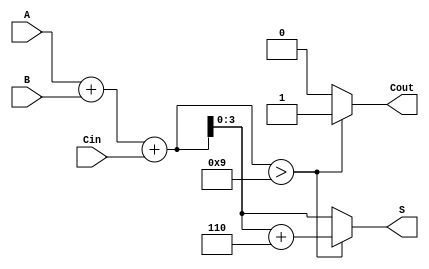
module BCD_Carry_Lookahead_Adder (
    input  wire [3:0] A,      // First BCD digit
    input  wire [3:0] B,      // Second BCD digit
    input  wire Cin,          // Carry-in
    output reg  [3:0] S,      // BCD result
    output reg  Cout          // Carry-out
);

    // Intermediate signals for carry generation
    wire [3:0] P; // Propagate
    wire [3:0] G; // Generate
    wire C1, C2, C3; // Carry signals
    wire [4:0] S_temp; // Temporary sum including carry

    // Generate propagate and generate signals
    assign P = A ^ B; // Propagate
    assign G = A & B; // Generate

    // Carry generation using lookahead logic
    assign C1 = G[0] | (P[0] & Cin);
    assign C2 = G[1] | (P[1] & G[0]) | (P[1] & P[0] & Cin);
    assign C3 = G[2] | (P[2] & G[1]) | (P[2] & P[1] & P[0] & Cin);

    // Calculate the initial sum
    assign S_temp = A + B + Cin;

    // Correction logic
    always @(*) begin
        if (S_temp > 9) begin
            S = S_temp + 6; // Apply correction
            Cout = 1; // Set carry-out
        end else begin
            S = S_temp; // No correction needed
            Cout = 0; // No carry-out
        end
    end

endmodule